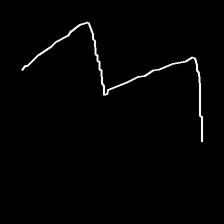
Glyph: crush